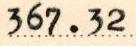
367.32